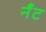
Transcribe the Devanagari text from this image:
नँँट